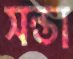
সন্তা